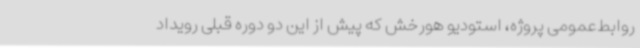
روابط‌عمومی پروژه، استودیو هورخش که پیش از این دو دوره قبلی رویداد